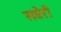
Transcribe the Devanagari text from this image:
सबेरी